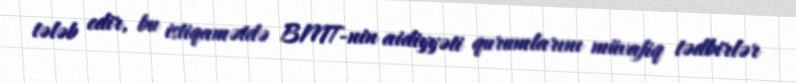
tələb edir, bu istiqamətdə BMT-nin aidiyyəti qurumlarını müvafiq tədbirlər